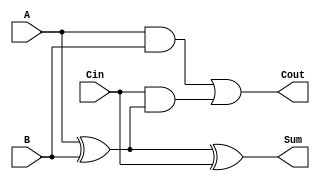
module FullAdder (
    input wire A,      // First input bit
    input wire B,      // Second input bit
    input wire Cin,    // Carry-in bit
    output wire Sum,   // Sum output
    output wire Cout   // Carry-out output
);

// Internal signals
wire AxorB;      // Intermediate wire for A XOR B
wire AandB;      // Intermediate wire for A AND B
wire CinandAxorB; // Intermediate wire for Cin AND (A XOR B)

// Compute the Sum using XOR gates
assign AxorB = A ^ B; // A XOR B
assign Sum = AxorB ^ Cin; // (A XOR B) XOR Cin

// Compute the Cout using AND and OR gates
assign AandB = A & B; // A AND B
assign CinandAxorB = Cin & AxorB; // Cin AND (A XOR B)
assign Cout = AandB | CinandAxorB; // (A AND B) OR (Cin AND (A XOR B))

endmodule